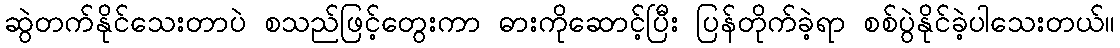
ဆွဲတက်နိုင်သေးတာပဲ စသည်ဖြင့်တွေးကာ ဓားကိုဆောင့်ပြီး ပြန်တိုက်ခဲ့ရာ စစ်ပွဲနိုင်ခဲ့ပါသေးတယ်။